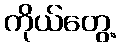
ကိုယ်တွေ့